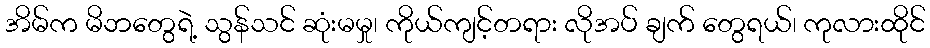
အိမ်က မိဘတွေရဲ့ သွန်သင် ဆုံးမမှု၊ ကိုယ်ကျင့်တရား လိုအပ် ချက် တွေရယ်၊ ကုလားထိုင်